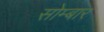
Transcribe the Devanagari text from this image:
सोम्बार